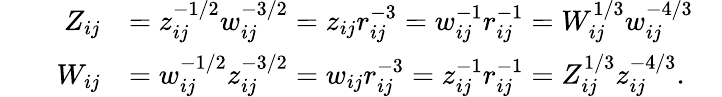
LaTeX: \begin{array}{rlrlr}&{}&{Z_{ij}}&{=z_{ij}^{-1/2}w_{ij}^{-3/2}=z_{ij}r_{ij}^{-3}=w_{ij}^{-1}r_{ij}^{-1}=W_{ij}^{1/3}w_{ij}^{-4/3}}&\\ &{}&{W_{ij}}&{=w_{ij}^{-1/2}z_{ij}^{-3/2}=w_{ij}r_{ij}^{-3}=z_{ij}^{-1}r_{ij}^{-1}=Z_{ij}^{1/3}z_{ij}^{-4/3}.}&\end{array}